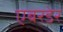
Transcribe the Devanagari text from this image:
एबरडेर